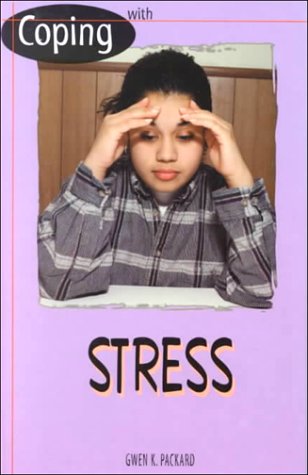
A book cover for Coping with Stress; Gwen Packard; Teen & Young Adult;